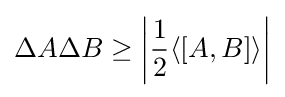
\Delta A\Delta B\geq \left|{\frac {1}{2}}\langle [A,B]\rangle \right|